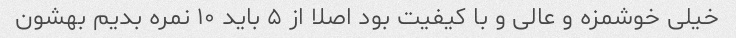
خیلی خوشمزه و عالی و با کیفیت بود اصلا از ۵ باید ۱۰ نمره بدیم بهشون